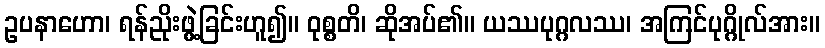
ဥပနာဟော၊ ရန်ညိုးဖွဲ့ခြင်းဟူ၍။ ဝုစ္စတိ၊ ဆိုအပ်၏။ ယဿပုဂ္ဂလဿ၊ အကြင်ပုဂ္ဂိုလ်အား။